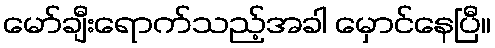
မော်ချီးရောက်သည့်အခါ မှောင်နေပြီ။